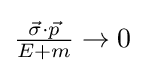
{\textstyle {\frac {{\vec {\sigma }}\cdot {\vec {p}}}{E+m}}\rightarrow 0}